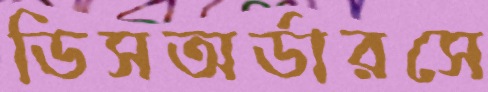
ডিসঅর্ডারসে